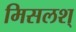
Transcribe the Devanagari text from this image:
मिसलश्